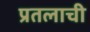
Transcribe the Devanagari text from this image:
प्रतलाची